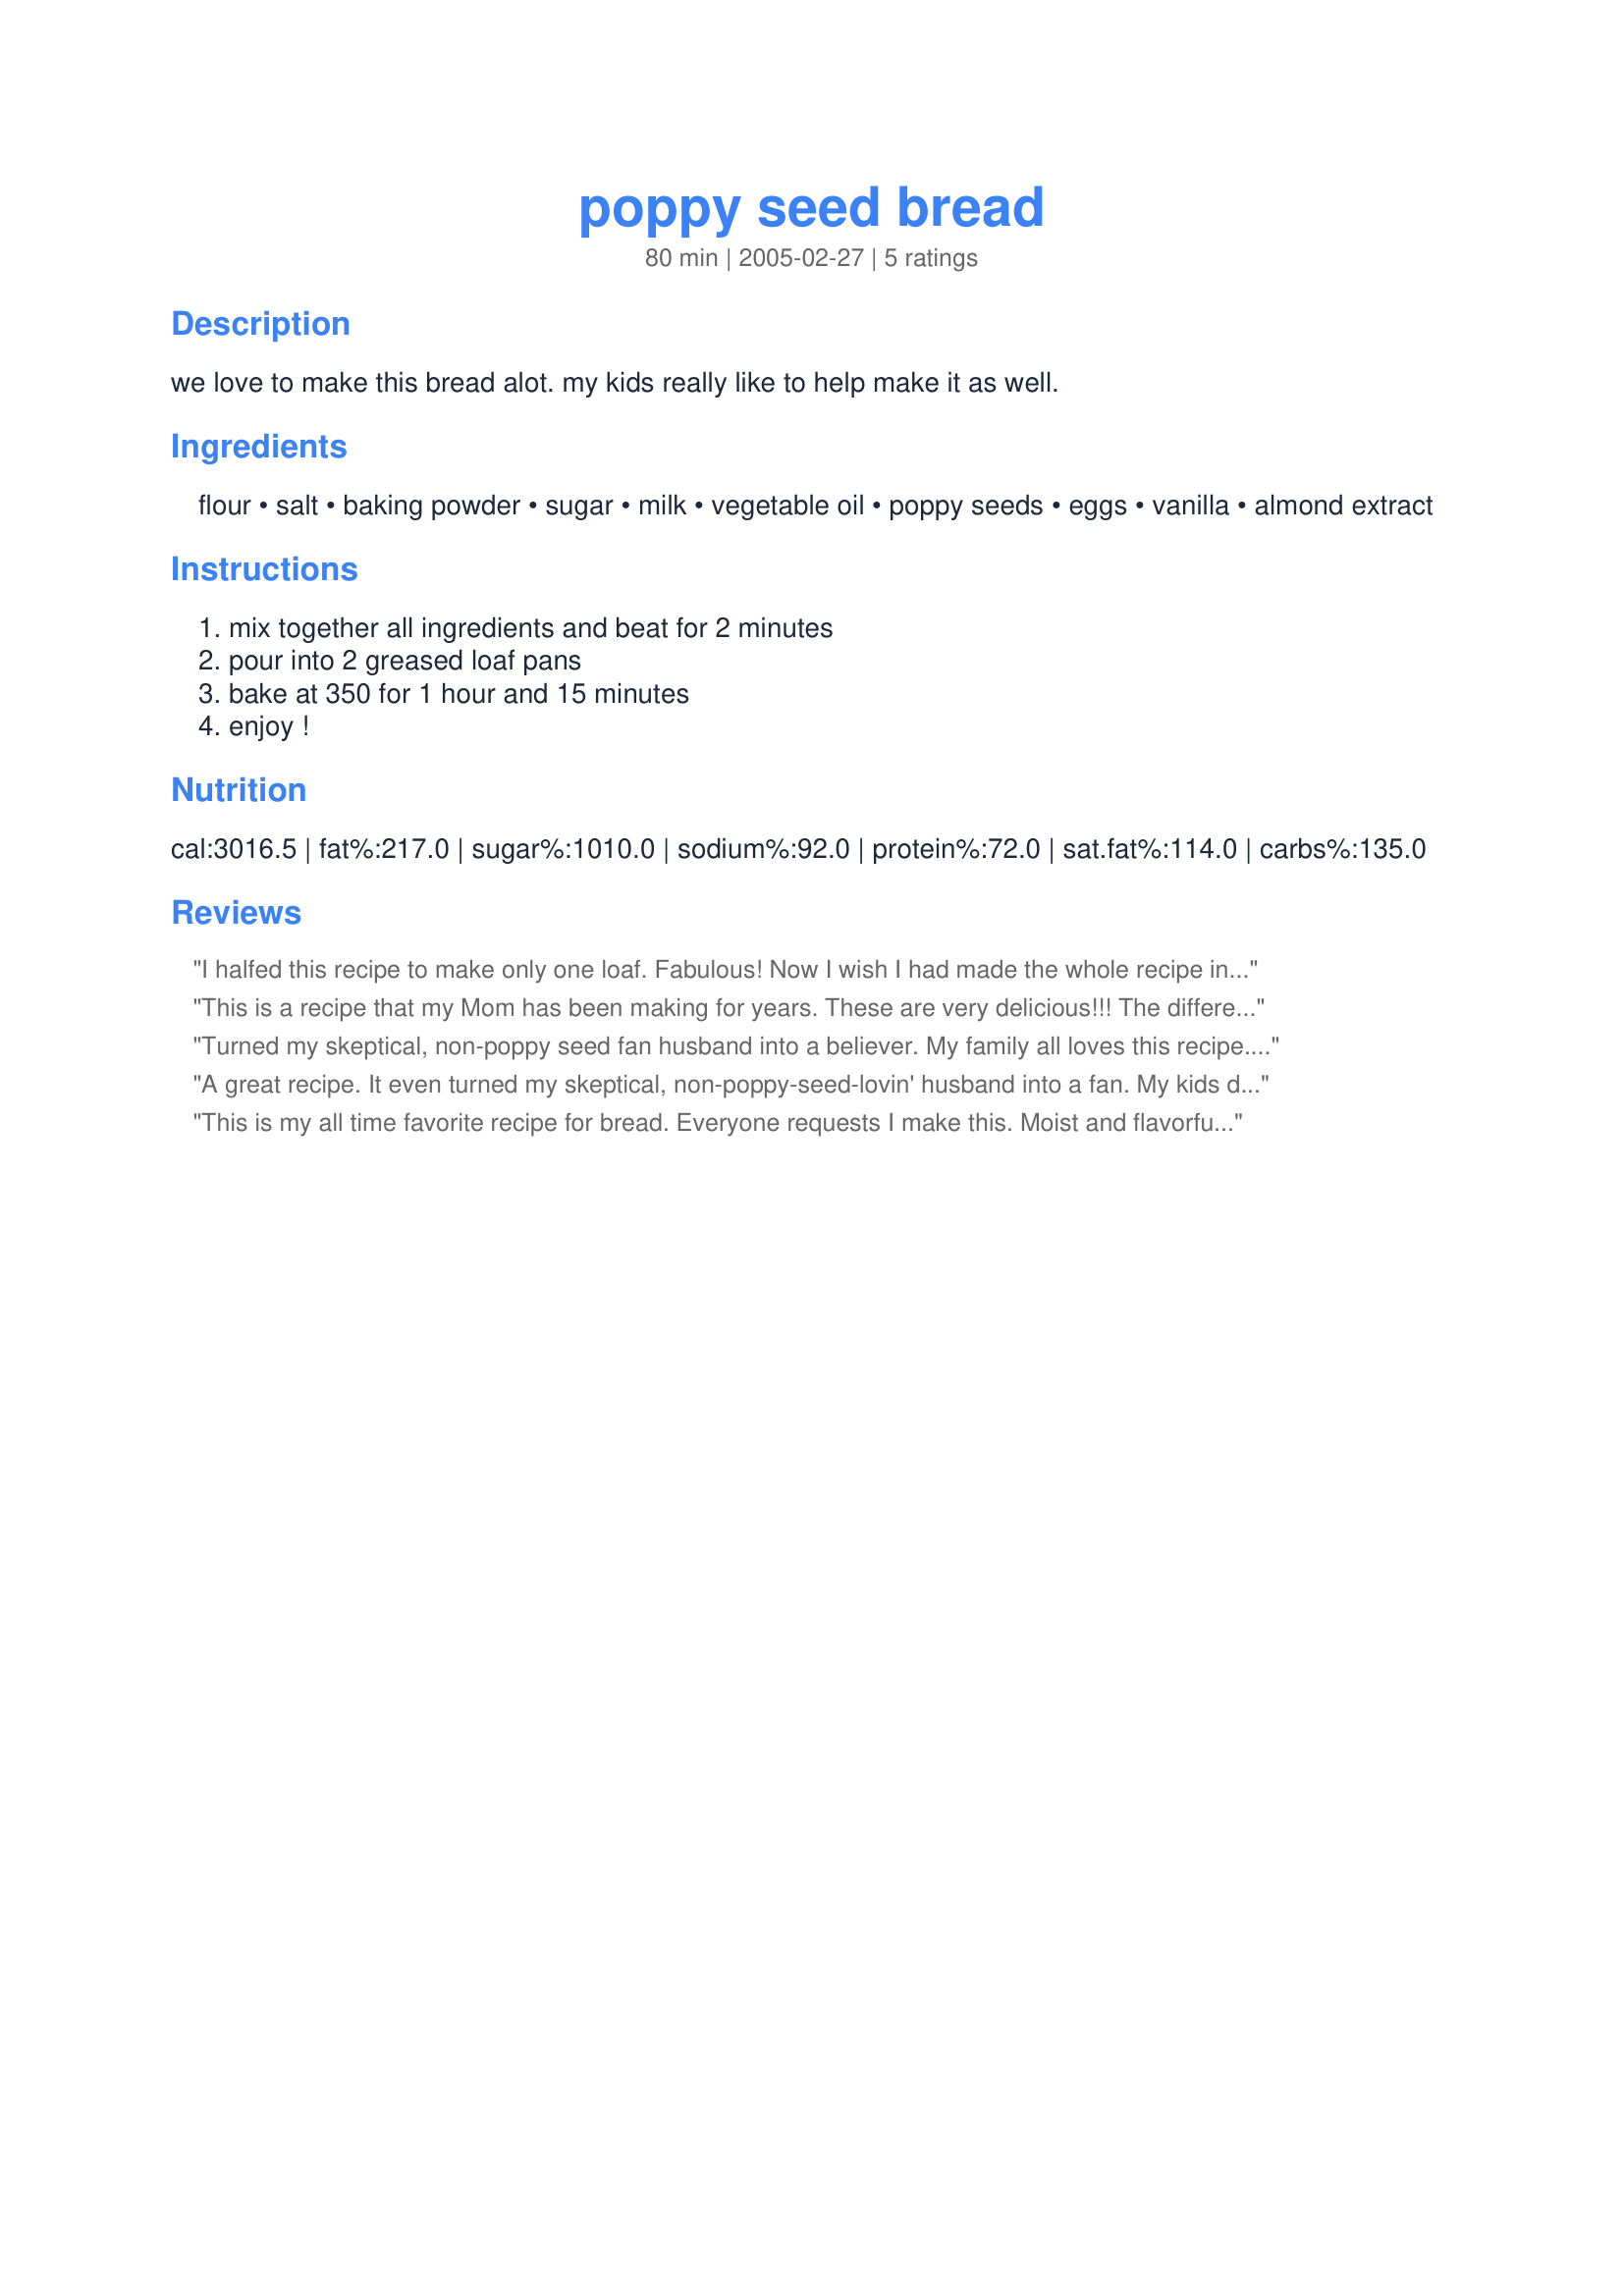
poppy seed bread
Preparation time: 80 minutes

we love to make this bread alot. my kids really like to help make it as well.

Ingredients:
flour, salt, baking powder, sugar, milk, vegetable oil, poppy seeds, eggs, vanilla, almond extract

Steps:
mix together all ingredients and beat for 2 minutes, pour into 2 greased loaf pans, bake at 350 for 1 hour and 15 minutes, enjoy !

Reviews:
I halfed this recipe to make only one loaf. Fabulous! Now I wish I had made the whole recipe instead. I used 1/4 cup applesauce and 1/4 oil and it was still very moist. Thanks for a great recipe!
This is a recipe that my Mom has been making for years. These are very delicious!!! The differences are she uses 3 tablespoons poppy seeds and 2 teaspoons almond extract. She also makes hers into about 30 muffins. After pouring the muffin mix into liners she adds a generous amount of sugar to each muffin. Baking at 350 degrees for about 20 minutes until tops are a golden brown. Excellent snack!!!
Turned my skeptical, non-poppy seed fan husband into a believer. My family all loves this recipe. A keeper!
A great recipe. It even turned my skeptical, non-poppy-seed-lovin' husband into a fan. My kids devour this!
This is my all time favorite recipe for bread. Everyone requests I make this. Moist and flavorful Great sliced and spread with softened, salted butter. Makes 4 small or 2 regular size loafs. Yum!!
